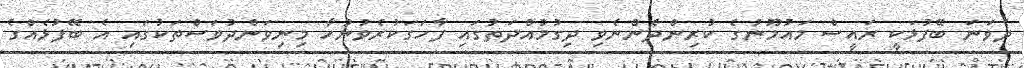
ދެވަނަ ބޭފުޅަކީ ރައީސް މައުމޫނުގެ ކުރިންދެންނެވި ދިގުމުއްދަތުގައި ފާހަގަކުރެވުނުހާ މިނިވަންދުވަސްތަކުގައި އެ ބޭފުޅެއްގެ